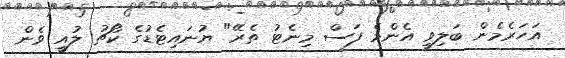
އަހަރެމެން ބަލިވީ އެންމެ ފަސް މިނެޓު ތެރޭ" ޔުނައިޓެޑުގެ ކޯޗު ލުއީ ވެން